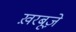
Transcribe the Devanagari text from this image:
ख़रबूज़े